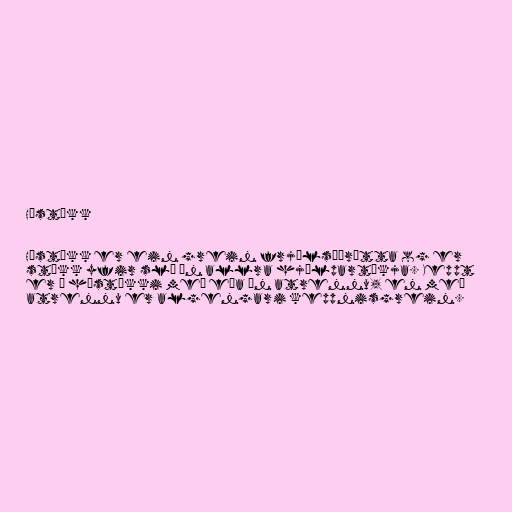
Hástökk

Hástökk er ein grein frjálsíþrótta og er
stökk yfir slá án allra hjálpartækja. Keppt
er í hástökki með eða án atrennu, en með
atrennu er algengari keppnisgrein.